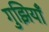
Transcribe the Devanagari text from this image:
गुझियाँ